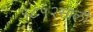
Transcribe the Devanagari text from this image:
१८५२साली